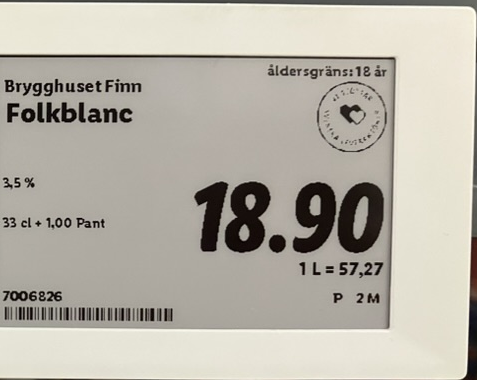
Vara: Folkblanc
Genomsnittspris: 57.27 per L